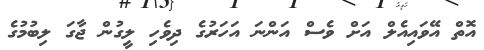
އޮތް އޭވައިއެލް އަށް ވެސް އަންނަ އަހަރުގެ ދިވެހި ލީގުން ޖާގަ ލިބުމުގެ